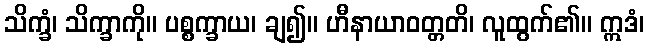
သိက္ခံ၊ သိက္ခာကို။ ပစ္စက္ခာယ၊ ချ၍။ ဟီနာယာဝတ္တတိ၊ လူထွက်၏။ ဣဒံ၊